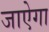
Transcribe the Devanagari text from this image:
जाऐगा